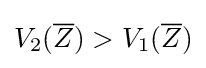
V_{2}({\overline {Z}})>V_{1}({\overline {Z}})